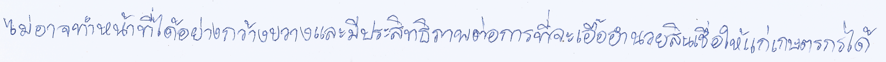
ไม่อาจทำหน้าที่ได้อย่างกว้างขวางและมีประสิทธิภาพต่อการที่จะเอื้ออำนวยสินเชื่อให้แก่เกษตรกรได้